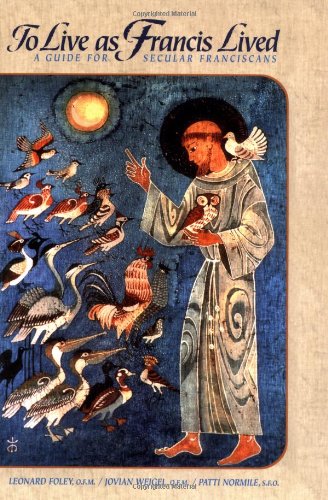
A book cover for To Live as Francis Lived: A Guide For Secular Franciscans (The Path of Franciscan Spirituality); Leonard Foley O.F.M.; Christian Books & Bibles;